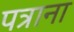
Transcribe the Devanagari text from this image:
पत्राना